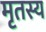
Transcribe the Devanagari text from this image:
मृतस्य